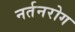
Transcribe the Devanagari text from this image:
नर्तनरोग